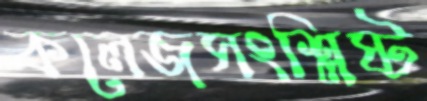
কলেজসংশ্লিষ্ট